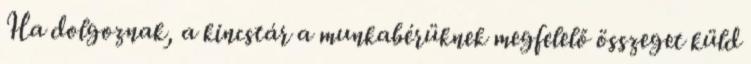
Ha dolgoznak, a kincstár a munkabérüknek megfelelő összeget küld